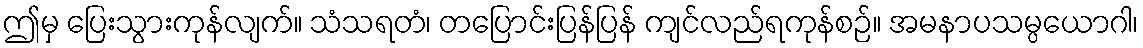
ဤမှ ပြေးသွားကုန်လျက်။ သံသရတံ၊ တပြောင်းပြန်ပြန် ကျင်လည်ရကုန်စဉ်။ အမနာပသမ္ပယောဂါ၊